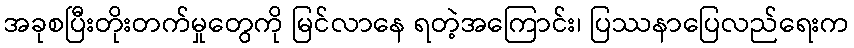
အခုစပြီးတိုးတက်မှုတွေကို မြင်လာနေ ရတဲ့အကြောင်း၊ ပြဿနာပြေလည်ရေးက